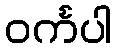
ဝင်္ကပါ